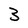
Character: 3